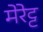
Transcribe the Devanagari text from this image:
मेरेट्ट